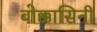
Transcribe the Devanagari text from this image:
बोक्कासिनी